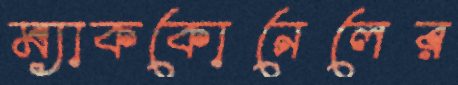
ম্যাককোনেলের